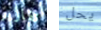
تقارير يحل